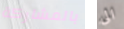
بالمشاركة الى